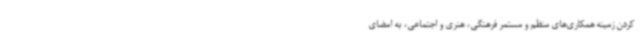
کردن زمینه همکاری‌های منظم و مستمر فرهنگی، هنری و اجتماعی، به امضای